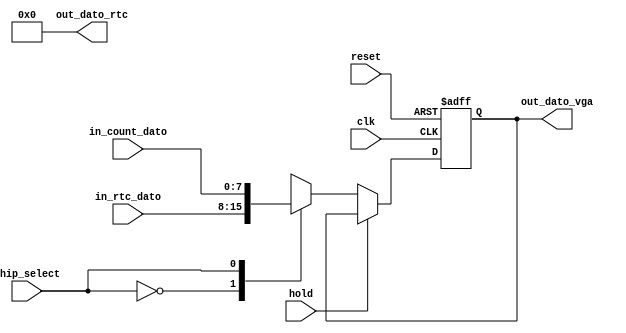
`timescale 1ns / 1ps
//////////////////////////////////////////////////////////////////////////////////
// Company: 
// Engineer: 
// 
// Design Name: 
// Module Name:    Registro_timer 
// Project Name: 
// Target Devices: 
// Tool versions: 
// Description: 
//
// Dependencies: 
//
// Revision: 
// Revision 0.01 - File Created
// Additional Comments: 
//
//////////////////////////////////////////////////////////////////////////////////
module Registro_timer(
		input wire hold,
		input wire [7:0]in_rtc_dato,
		input wire [7:0]in_count_dato,
		input wire clk, //system clock
		input wire reset, //system reset
		input wire chip_select, //Control data
		output wire [7:0]out_dato_vga,
		output wire [7:0]out_dato_rtc
    );

reg [7:0]reg_dato;
reg [7:0]next_dato;
//reg [7:0]dato_temp;

//Secuencial
always@(negedge clk, posedge reset)
begin
	if(reset) reg_dato <= 0;
	else reg_dato <= next_dato;
end

//Combinacional
always@*
	begin
	if (~hold) begin
	case(chip_select)
	1'b0: next_dato = in_rtc_dato;
	1'b1: next_dato = in_count_dato;
	endcase
	end
	else next_dato = reg_dato;
	end

/////////////////////////////////////////////////

assign out_dato_vga = reg_dato;
assign out_dato_rtc = 8'h00;

endmodule